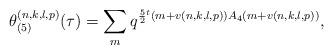
LaTeX: \begin{align*}\theta_{(5)}^{(n,k,l,p)}(\tau)=\sum_{m}q^{\frac{5}{2}{}^t(m+v(n,k,l,p))A_4(m+v(n,k,l,p))},\end{align*}